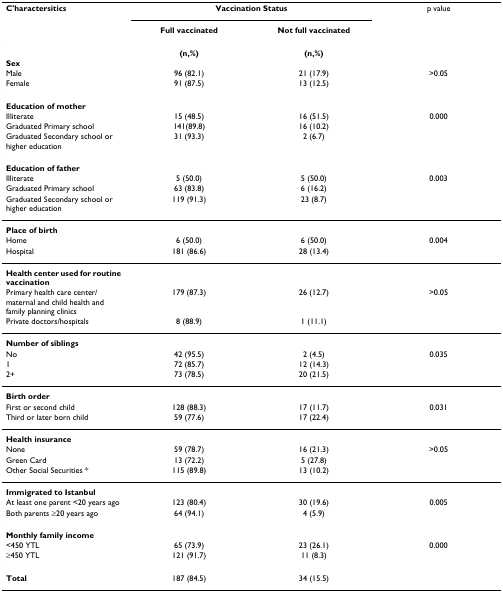
<table><thead><tr><td><b>C&#x27;haractersitics</b></td><td colspan="2"><b>Vaccination Status</b></td><td><b>p value</b></td></tr><tr><td></td><td><b>Full vaccinated</b></td><td><b>Not full vaccinated</b></td><td></td></tr></thead><tbody><tr><td></td><td><b>(n,%)</b></td><td><b>(n,%)</b></td><td></td></tr><tr><td><b>Sex</b></td><td></td><td></td><td></td></tr><tr><td>Male</td><td>96 (82.1)</td><td>21 (17.9)</td><td>&gt;0.05</td></tr><tr><td>Female</td><td>91 (87.5)</td><td>13 (12.5)</td><td></td></tr><tr><td><b>Education of mother</b></td><td></td><td></td><td></td></tr><tr><td>Illiterate</td><td>15 (48.5)</td><td>16 (51.5)</td><td>0.000</td></tr><tr><td>Graduated Primary school</td><td>141(89.8)</td><td>16 (10.2)</td><td></td></tr><tr><td>Graduated Secondary school or higher education</td><td>31 (93.3)</td><td>2 (6.7)</td><td></td></tr><tr><td><b>Education of father</b></td><td></td><td></td><td></td></tr><tr><td>Illiterate</td><td>5 (50.0)</td><td>5 (50.0)</td><td>0.003</td></tr><tr><td>Graduated Primary school</td><td>63 (83.8)</td><td>6 (16.2)</td><td></td></tr><tr><td>Graduated Secondary school or higher education</td><td>119 (91.3)</td><td>23 (8.7)</td><td></td></tr><tr><td><b>Place of birth</b></td><td></td><td></td><td></td></tr><tr><td>Home</td><td>6 (50.0)</td><td>6 (50.0)</td><td>0.004</td></tr><tr><td>Hospital</td><td>181 (86.6)</td><td>28 (13.4)</td><td></td></tr><tr><td><b>Health center used for routine vaccination</b></td><td></td><td></td><td></td></tr><tr><td>Primary health care center/maternal and child health and family planning clinics</td><td>179 (87.3)</td><td>26 (12.7)</td><td>&gt;0.05</td></tr><tr><td>Private doctors/hospitals</td><td>8 (88.9)</td><td>1 (11.1)</td><td></td></tr><tr><td><b>Number of siblings</b></td><td></td><td></td><td></td></tr><tr><td>No</td><td>42 (95.5)</td><td>2 (4.5)</td><td>0.035</td></tr><tr><td>1</td><td>72 (85.7)</td><td>12 (14.3)</td><td></td></tr><tr><td>2+</td><td>73 (78.5)</td><td>20 (21.5)</td><td></td></tr><tr><td><b>Birth order</b></td><td></td><td></td><td></td></tr><tr><td>First or second child</td><td>128 (88.3)</td><td>17 (11.7)</td><td>0.031</td></tr><tr><td>Third or later born child</td><td>59 (77.6)</td><td>17 (22.4)</td><td></td></tr><tr><td><b>Health insurance</b></td><td></td><td></td><td></td></tr><tr><td>None</td><td>59 (78.7)</td><td>16 (21.3)</td><td>&gt;0.05</td></tr><tr><td>Green Card</td><td>13 (72.2)</td><td>5 (27.8)</td><td></td></tr><tr><td>Other Social Securities *</td><td>115 (89.8)</td><td>13 (10.2)</td><td></td></tr><tr><td><b>Immigrated to Istanbul</b></td><td></td><td></td><td></td></tr><tr><td>At least one parent &lt;20 years ago</td><td>123 (80.4)</td><td>30 (19.6)</td><td>0.005</td></tr><tr><td>Both parents ≥20 years ago</td><td>64 (94.1)</td><td>4 (5.9)</td><td></td></tr><tr><td><b>Monthly family income</b></td><td></td><td></td><td></td></tr><tr><td>&lt;450 YTL</td><td>65 (73.9)</td><td>23 (26.1)</td><td>0.000</td></tr><tr><td>≥450 YTL</td><td>121 (91.7)</td><td>11 (8.3)</td><td></td></tr><tr><td><b>Total</b></td><td>187 (84.5)</td><td>34 (15.5)</td><td></td></tr></tbody></table>